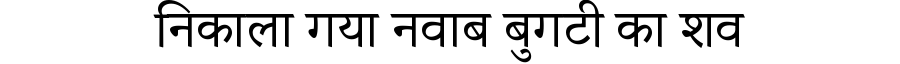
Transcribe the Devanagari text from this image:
निकाला गया नवाब बुगटी का शव